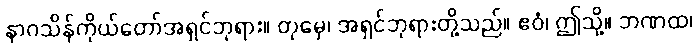
နာဂသိန်ကိုယ်တော်အရှင်ဘုရား။ တုမှေ၊ အရှင်ဘုရားတို့သည်။ ဧဝံ၊ ဤသို့။ ဘဏထ၊